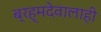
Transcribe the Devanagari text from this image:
ब्रह्मदेवालाही